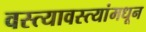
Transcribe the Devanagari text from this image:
वस्त्यावस्त्यांमधून